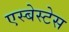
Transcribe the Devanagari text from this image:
एस्बेस्टेस